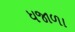
ધજાળા